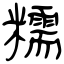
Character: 糯